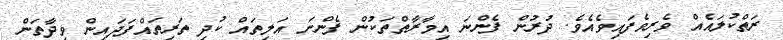
ރަތްކުލައެއް ވެރިވެފައިވެއެވެ. ދުރުން ފެންނަ އިމާރާތްތަކުން ފެންނަ އަލިތައް ކުދި ތަރިތައްފަދައިން ވިދާތަން